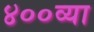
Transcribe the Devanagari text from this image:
४००व्या